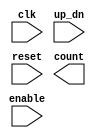
`timescale 1ns / 1ps
//////////////////////////////////////////////////////////////////////////////////
// Company: 
// Engineer: 
// 
// Design Name: 
// Module Name: counter_ip
// Project Name: 
// Target Devices: 
// Tool Versions: 
// Description: 
// 
// Dependencies: 
// 
// Revision:
// Revision 0.01 - File Created
// Additional Comments:
// 
//////////////////////////////////////////////////////////////////////////////////

(* use_dsp48 = "no" *)
module counter_ip(
    input clk,
    input enable,
    input up_dn,
    input reset,
    output reg [7:0] count
    );
    
    
    
endmodule